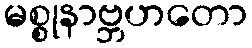
မစ္စုနာဗ္ဘဟတော